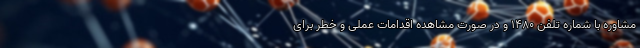
مشاوره با شماره تلفن ۱۴۸۰ و در صورت مشاهده اقدامات عملی و خطر برای